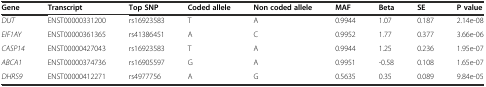
<table><thead><tr><td><b>Gene</b></td><td><b>Transcript</b></td><td><b>Top SNP</b></td><td><b>Coded allele</b></td><td><b>Non coded allele</b></td><td><b>MAF</b></td><td><b>Beta</b></td><td><b>SE</b></td><td><b>P value</b></td></tr></thead><tbody><tr><td><i>DUT</i></td><td>ENST00000331200</td><td>rs16923583</td><td>T</td><td>A</td><td>0.9944</td><td>1.07</td><td>0.187</td><td>2.14e-08</td></tr><tr><td><i>EIF1AY</i></td><td>ENST00000361365</td><td>rs41386451</td><td>A</td><td>C</td><td>0.9952</td><td>1.77</td><td>0.377</td><td>3.66e-06</td></tr><tr><td><i>CASP14</i></td><td>ENST00000427043</td><td>rs16923583</td><td>T</td><td>A</td><td>0.9944</td><td>1.25</td><td>0.236</td><td>1.95e-07</td></tr><tr><td><i>ABCA1</i></td><td>ENST00000374736</td><td>rs16905597</td><td>G</td><td>A</td><td>0.9951</td><td>-0.58</td><td>0.108</td><td>1.65e-07</td></tr><tr><td><i>DHRS9</i></td><td>ENST00000412271</td><td>rs4977756</td><td>A</td><td>G</td><td>0.5635</td><td>0.35</td><td>0.089</td><td>9.84e-05</td></tr></tbody></table>